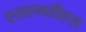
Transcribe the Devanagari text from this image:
एसएनडीएस